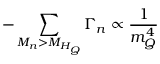
- \sum _ { M _ { n } > M _ { H _ { Q } } } \Gamma _ { n } \propto \frac { 1 } { m _ { Q } ^ { 4 } }